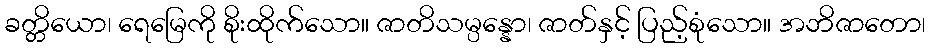
ခတ္တိယော၊ ရေမြေကို စိုးထိုက်သော။ ဇာတိသမ္ပန္နော၊ ဇာတ်နှင့် ပြည့်စုံသော။ အဘိဇာတော၊